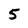
Character: 5